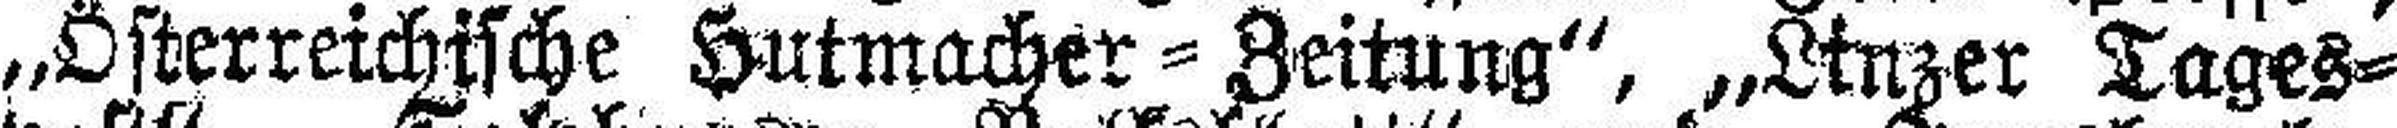
„Lsterreichische Hutmacher - Zeitung", „Linzer Tages¬